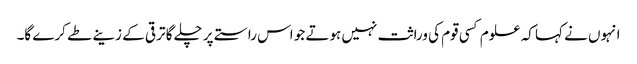
انہوں نے کہا کہ علوم کسی قوم کی وراثت نہیں ہوتے جو اس راستے پر چلے گا ترقی کے زینے طے کرے گا۔